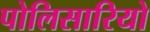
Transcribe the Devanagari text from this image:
पोलिसारियो